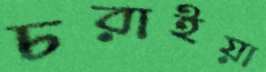
চরাইয়া